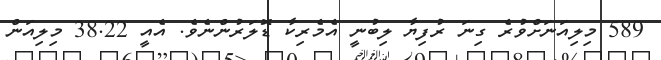
589 މިލިއަނަށްވުރެ ގިނަ ރުފިޔާ ލިބުނީ އެމެރިކާ ޑޮލަރުންނެވެ. އެއީ 38.22 މިލިއަން